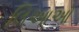
લિઆઓ